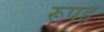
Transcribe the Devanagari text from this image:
रूपहृ